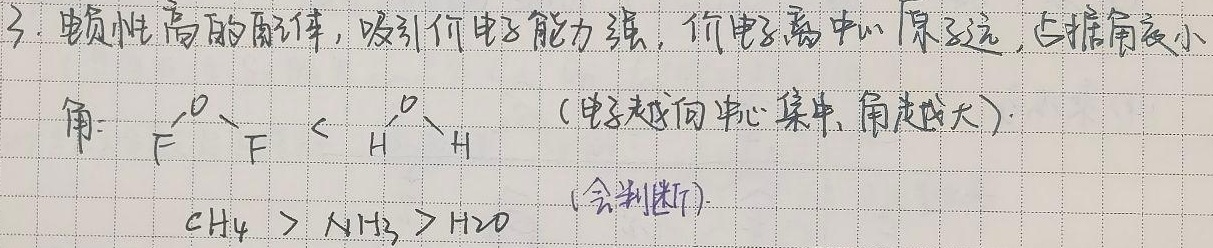
电负性高的配体，吸引价电子能力强，价电子离中心原子远，占据角度小角：$\overset{O}{\underset{F}{F}} < \overset{O}{\underset{H}{H}}$ （电子越向中心集中, 角度越大）。$CH_{4}>NH_{3}>H_{2}O$ (会判断)。